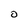
Character: O